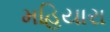
મહિયારા